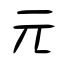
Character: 元